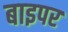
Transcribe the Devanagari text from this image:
बाइपर